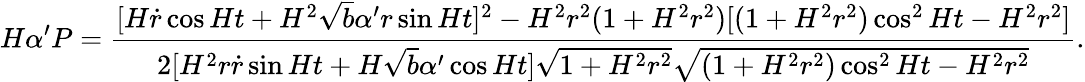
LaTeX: H\alpha^{\prime}P=\frac{[H\dot{r}\cos Ht+H^{2}\sqrt{b}\alpha^{\prime}r\sin Ht]^{2}-H^{2}r^{2}(1+H^{2}r^{2})[(1+H^{2}r^{2})\cos^{2}Ht-H^{2}r^{2}]}{2[H^{2}r\dot{r}\sin Ht+H\sqrt{b}\alpha^{\prime}\cos Ht]\sqrt{1+H^{2}r^{2}}\sqrt{(1+H^{2}r^{2})\cos^{2}Ht-H^{2}r^{2}}}.